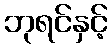
ဘုရင်နှင့်